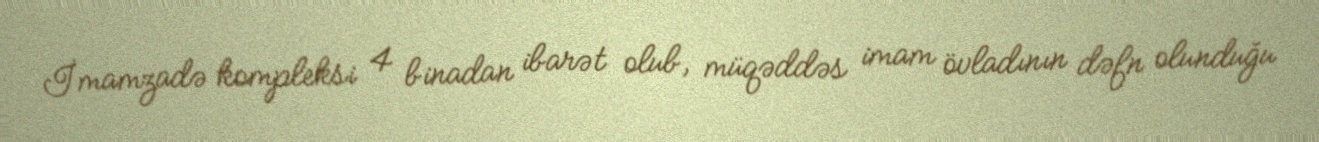
İmamzadə kompleksi 4 binadan ibarət olub, müqəddəs imam övladının dəfn olunduğu